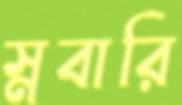
স্নবারি